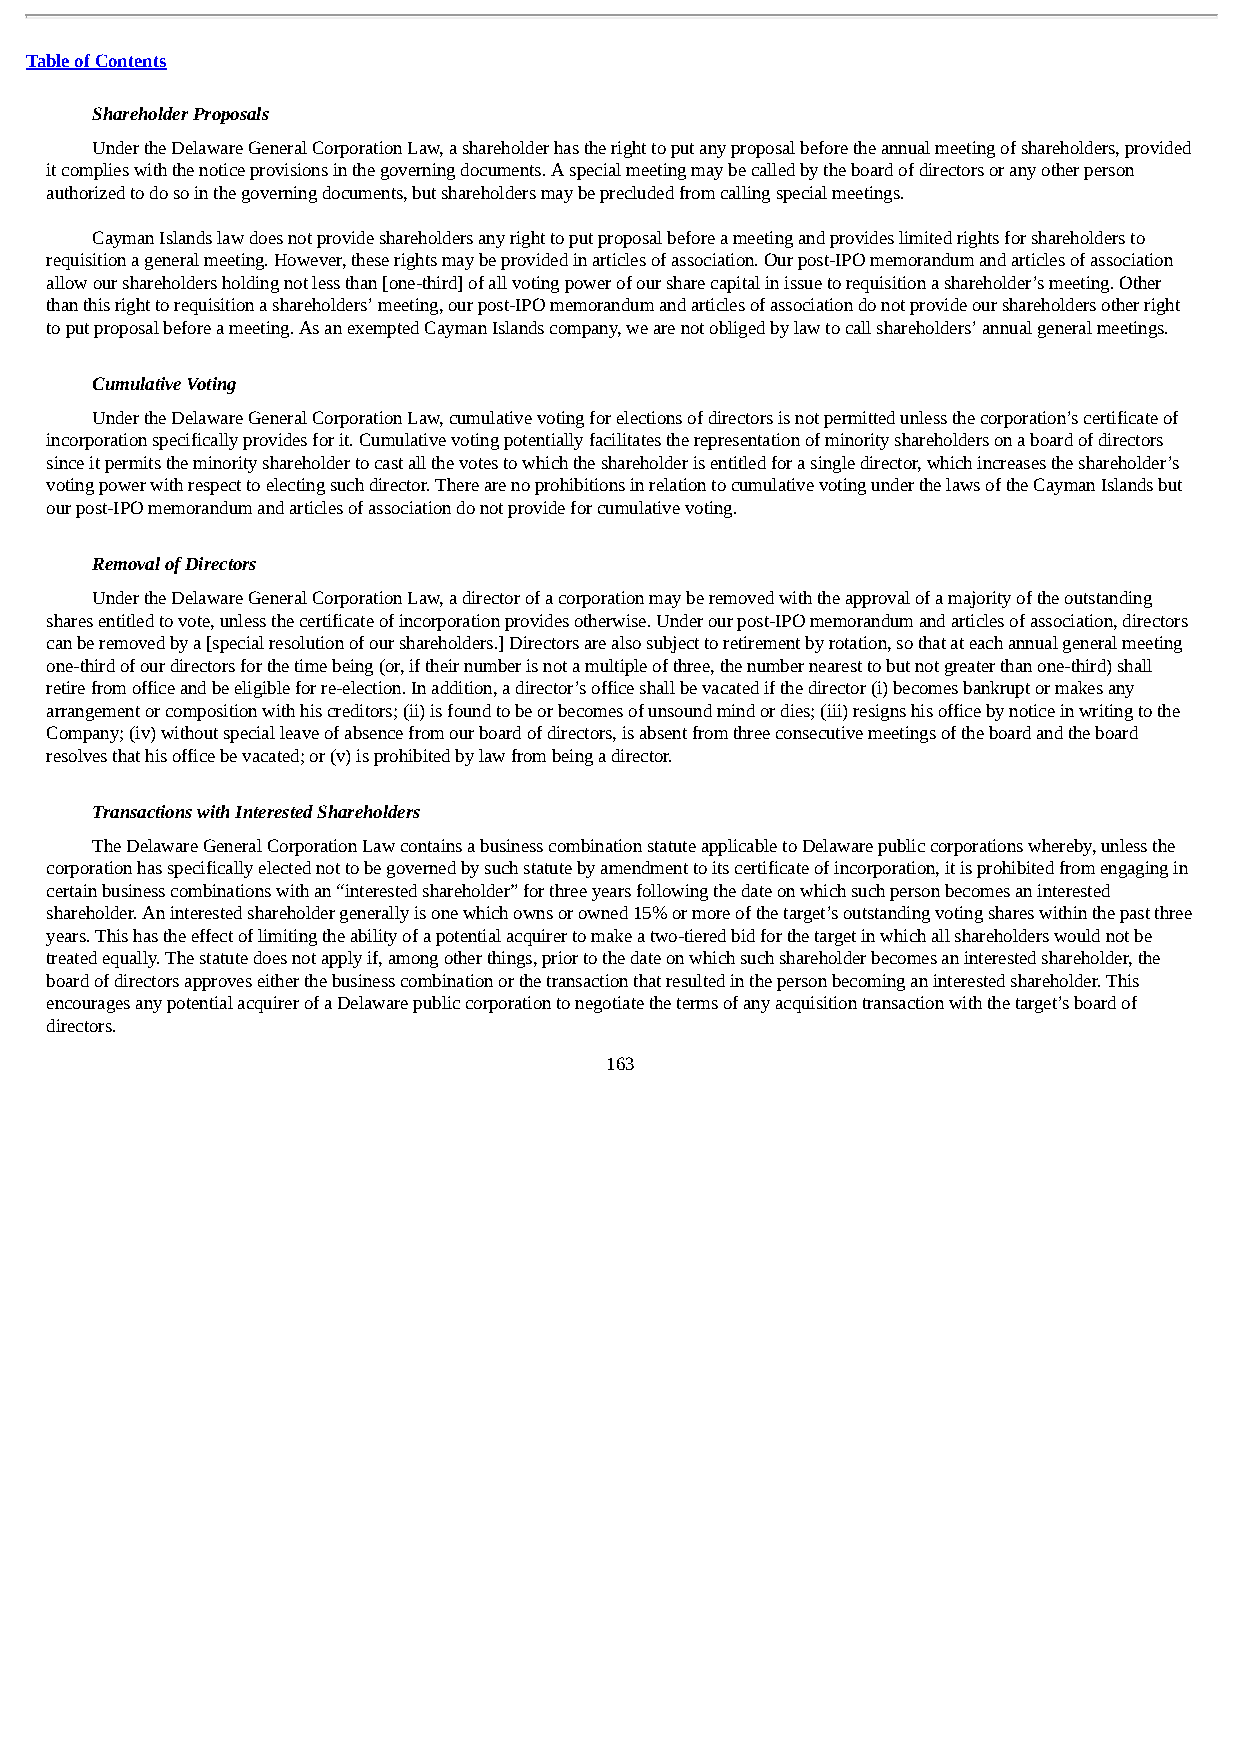
Table of Contents
 Shareholder Proposals
 Under the Delaware General Corporation Law, a shareholder has the right to put any proposal before the annual meeting of shareholders, provided
 it complies with the notice provisions in the governing documents. A special meeting may be called by the board of directors or any other person
 authorized to do so in the governing documents, but shareholders may be precluded from calling special meetings.
 Cayman Islands law does not provide shareholders any right to put proposal before a meeting and provides limited rights for shareholders to
 requisition a general meeting. However, these rights may be provided in articles of association. Our post-IPO memorandum and articles of association
 allow our shareholders holding not less than [one-third] of all voting power of our share capital in issue to requisition a shareholder’s meeting. Other
 than this right to requisition a shareholders’ meeting, our post-IPO memorandum and articles of association do not provide our shareholders other right
 to put proposal before a meeting. As an exempted Cayman Islands company, we are not obliged by law to call shareholders’ annual general meetings.
 Cumulative Voting
 Under the Delaware General Corporation Law, cumulative voting for elections of directors is not permitted unless the corporation’s certificate of
 incorporation specifically provides for it. Cumulative voting potentially facilitates the representation of minority shareholders on a board of directors
 since it permits the minority shareholder to cast all the votes to which the shareholder is entitled for a single director, which increases the shareholder’s
 voting power with respect to electing such director. There are no prohibitions in relation to cumulative voting under the laws of the Cayman Islands but
 our post-IPO memorandum and articles of association do not provide for cumulative voting.
 Removal of Directors
 Under the Delaware General Corporation Law, a director of a corporation may be removed with the approval of a majority of the outstanding
 shares entitled to vote, unless the certificate of incorporation provides otherwise. Under our post-IPO memorandum and articles of association, directors
 can be removed by a [special resolution of our shareholders.] Directors are also subject to retirement by rotation, so that at each annual general meeting
 one-third of our directors for the time being (or, if their number is not a multiple of three, the number nearest to but not greater than one-third) shall
 retire from office and be eligible for re-election. In addition, a director’s office shall be vacated if the director (i) becomes bankrupt or makes any
 arrangement or composition with his creditors; (ii) is found to be or becomes of unsound mind or dies; (iii) resigns his office by notice in writing to the
 Company; (iv) without special leave of absence from our board of directors, is absent from three consecutive meetings of the board and the board
 resolves that his office be vacated; or (v) is prohibited by law from being a director.
 Transactions with Interested Shareholders
 The Delaware General Corporation Law contains a business combination statute applicable to Delaware public corporations whereby, unless the
 corporation has specifically elected not to be governed by such statute by amendment to its certificate of incorporation, it is prohibited from engaging in
 certain business combinations with an “interested shareholder” for three years following the date on which such person becomes an interested
 shareholder. An interested shareholder generally is one which owns or owned 15% or more of the target’s outstanding voting shares within the past three
 years. This has the effect of limiting the ability of a potential acquirer to make a two-tiered bid for the target in which all shareholders would not be
 treated equally. The statute does not apply if, among other things, prior to the date on which such shareholder becomes an interested shareholder, the
 board of directors approves either the business combination or the transaction that resulted in the person becoming an interested shareholder. This
 encourages any potential acquirer of a Delaware public corporation to negotiate the terms of any acquisition transaction with the target’s board of
 directors.
 163